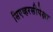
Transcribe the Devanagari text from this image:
सिएव्हरसीपेक्षा